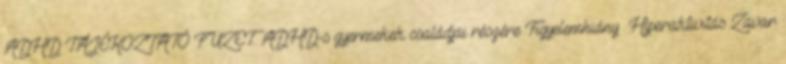
ADHD TÁJÉKOZTATÓ FÜZET. ADHD-s gyermekek családjai részére Figyelemhiány Hiperaktivitás Zavar